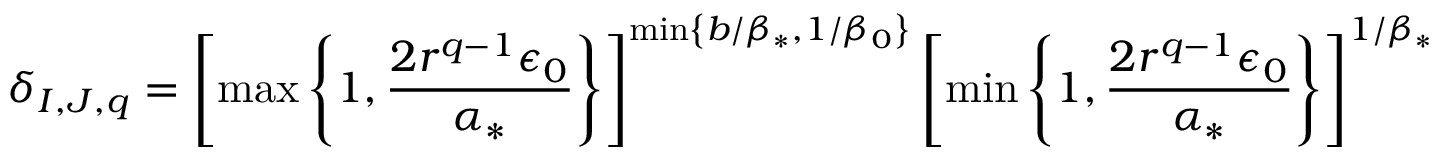
\delta _ { I , J , q } = \left[ \operatorname* { m a x } \left\{ 1 , \frac { 2 r ^ { q - 1 } \epsilon _ { 0 } } { \alpha _ { * } } \right\} \right] ^ { \operatorname* { m i n } \left\{ { b } / { \beta _ { * } } , 1 / \beta _ { 0 } \right\} } \left[ \operatorname* { m i n } \left\{ 1 , \frac { 2 r ^ { q - 1 } \epsilon _ { 0 } } { \alpha _ { * } } \right\} \right] ^ { { 1 } / { \beta _ { * } } }